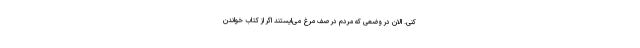
کنی. الان در وضعی که مردم در صف مر‌غ می‌ایستند اگر از کتاب خواندن